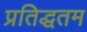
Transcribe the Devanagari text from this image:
प्रतिद्धतम